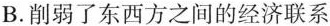
B.削弱了东西方之间的经济联系